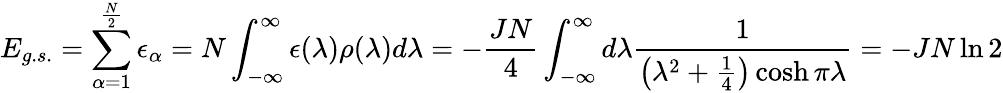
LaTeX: E_{g.s.}=\sum_{\alpha=1}^{\frac{N}{2}}\epsilon_{\alpha}=N\int_{-\infty}^{\infty}\epsilon(\lambda)\rho(\lambda)d\lambda=-\frac{JN}{4}\int_{-\infty}^{\infty}d\lambda\frac{1}{\left(\lambda^{2}+\frac{1}{4}\right)\cosh\pi\lambda}=-JN\ln 2